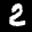
Label: 2